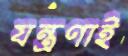
যন্ত্রণাই